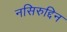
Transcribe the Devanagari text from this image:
नसिरुद्दिन